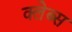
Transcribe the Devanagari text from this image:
क्लेब्स